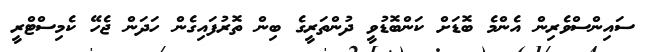
ސައިންސްވެރިން އެންމެ ބޮޑަށް ކަންބޮޑުވީ ދުންތަރީގެ ބިން ތޮރުފައިގެން ހަދަން ޖެހޭ ކެމިސްޓްރީ